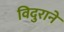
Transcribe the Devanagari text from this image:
विदुराने